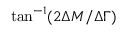
\tan ^ { - 1 } ( 2 \Delta M / \Delta \Gamma )